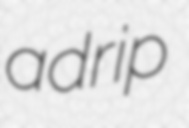
adrip